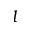
l